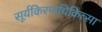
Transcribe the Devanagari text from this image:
सूर्यकिरणचिकित्सा